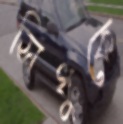
সিধুকে